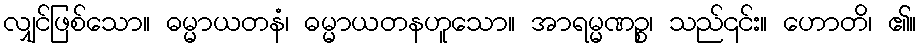
လျှင်ဖြစ်သော။ ဓမ္မာယတနံ၊ ဓမ္မာယတနဟူသော။ အာရမ္မဏဉ္စ၊ သည်၎င်း။ ဟောတိ၊ ၏။